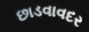
છાડવાવદર